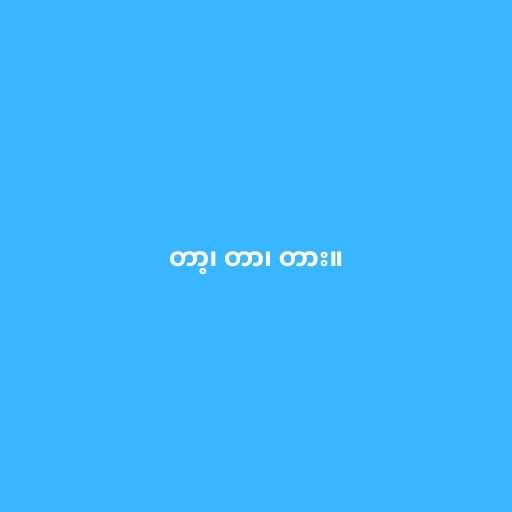
တာ့၊ တာ၊ တား။